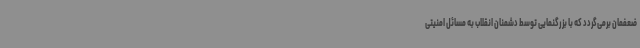
ضعفمان برمی‌گردد که با بزرگنمایی توسط دشمنان انقلاب به مسائل امنیتی